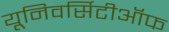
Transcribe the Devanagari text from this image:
यूनिवर्सिटीऑफ